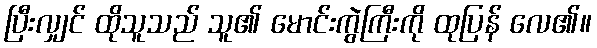
ပြီးလျှင် ထိုသူသည် သူ၏ မောင်းကွဲကြီးကို ထုပြန် လေ၏။